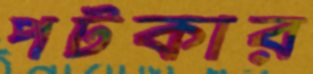
পটকার